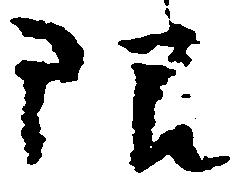
限